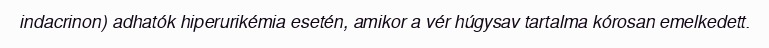
indacrinon) adhatók hiperurikémia esetén, amikor a vér húgysav tartalma kórosan emelkedett.